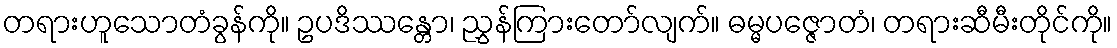
တရားဟူသောတံခွန်ကို။ ဥပဒိဿန္တော၊ ညွှန်ကြားတော်လျက်။ ဓမ္မပဇ္ဇောတံ၊ တရားဆီမီးတိုင်ကို။